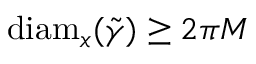
\mathrm { d i a m } _ { x } ( \tilde { \gamma } ) \ge 2 \pi M